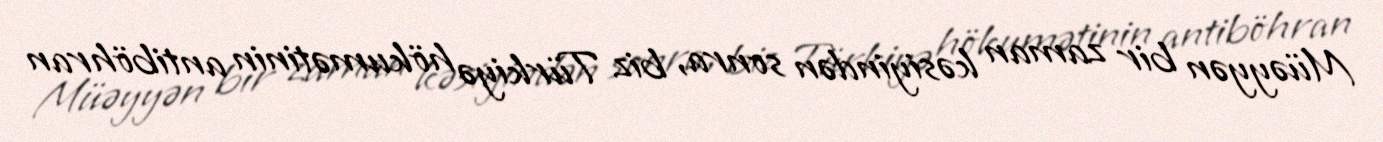
Müəyyən bir zaman kəsiyindən sonra, biz Türkiyə hökumətinin antiböhran